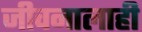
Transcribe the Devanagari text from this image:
जीवनालाही